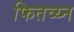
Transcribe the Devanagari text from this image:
फितव्य्न